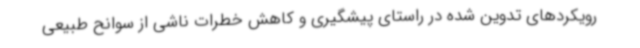
رویکردهای تدوین شده در راستای پیشگیری و کاهش خطرات ناشی از سوانح طبیعی